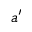
a ^ { \prime }